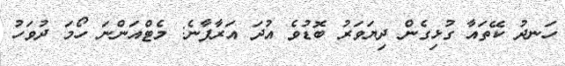
ހަނދު ކޭތައާ ގުޅިގެން ދިޔަވަރު ބޮޑުވެ އުދަ އަރާފާނެ: މެޓްއަންނަ ހޯމަ ދުވަހުު